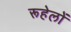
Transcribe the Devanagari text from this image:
रूहेलों